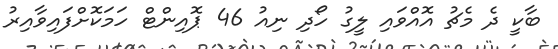
ބާކީ ދެ މެޗު އޮއްވައި ލީގު ހޯދި ނިއު 46 ޕޮއިންޓް ހަމަކޮށްފައިވާއިރު